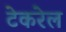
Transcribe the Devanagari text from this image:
टेकरेल